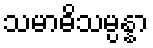
သမာဓိသမ္ပန္နာ